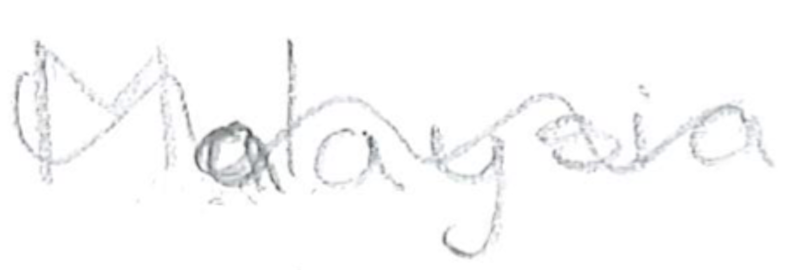
Text: Malaysia
Cross-out: wave
Writing tool: pencil